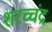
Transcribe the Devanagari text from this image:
शरच्चंंद्र